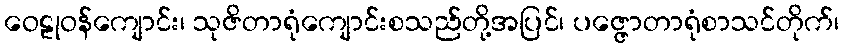
ဝေဠုဝန်ကျောင်း၊ သုဇိတာရုံကျောင်းစသည်တို့အပြင်၊ ပဇ္ဇောတာရုံစာသင်တိုက်၊